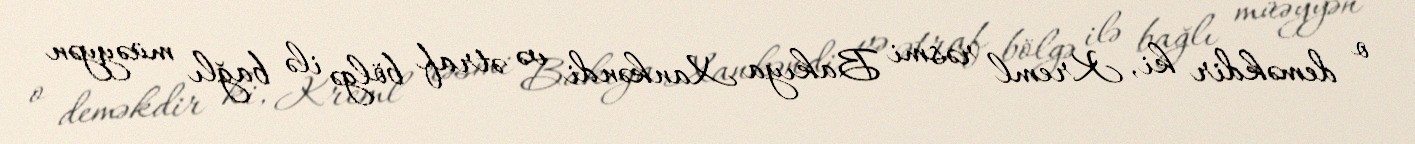
o deməkdir ki, Kreml rəsmi Bakıya Xankəndi və ətraf bölgə ilə bağlı müəyyən